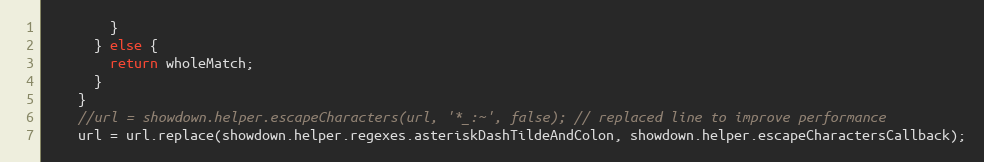
Language: JavaScript
        }
      } else {
        return wholeMatch;
      }
    }
    //url = showdown.helper.escapeCharacters(url, '*_:~', false); // replaced line to improve performance
    url = url.replace(showdown.helper.regexes.asteriskDashTildeAndColon, showdown.helper.escapeCharactersCallback);